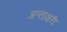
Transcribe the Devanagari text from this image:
अन्ताक्षरी